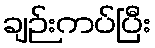
ချဉ်းကပ်ပြီး